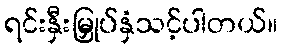
ရင်းနှီးမြှုပ်နှံသင့်ပါတယ်။